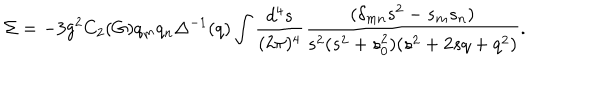
\Sigma = - 3 g ^ { 2 } C _ { 2 } ( G ) q _ { m } q _ { n } \Delta ^ { - 1 } ( q ) \int \frac { d ^ { 4 } s } { ( 2 \pi ) ^ { 4 } } \frac { ( \delta _ { m n } s ^ { 2 } - s _ { m } s _ { n } ) } { s ^ { 2 } ( s ^ { 2 } + s _ { 0 } ^ { 2 } ) ( s ^ { 2 } + 2 s q + q ^ { 2 } ) } .